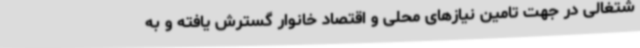
شتغالی در جهت تامین نیازهای محلی و اقتصاد خانوار گسترش یافته و به